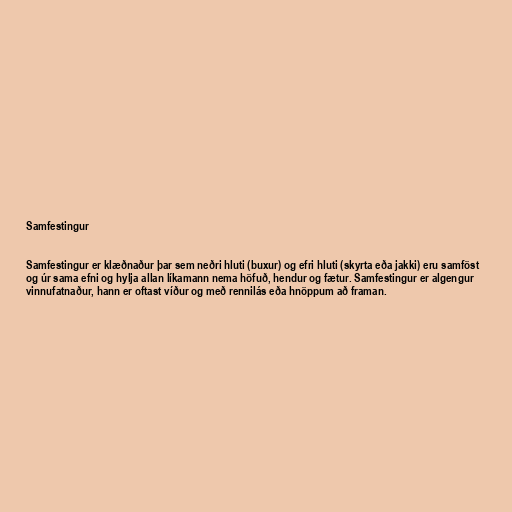
Samfestingur

Samfestingur er klæðnaður þar sem neðri hluti (buxur) og efri hluti (skyrta eða jakki) eru samföst
og úr sama efni og hylja allan líkamann nema höfuð, hendur og fætur. Samfestingur er algengur
vinnufatnaður, hann er oftast víður og með rennilás eða hnöppum að framan.